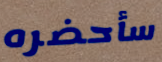
سأحضره